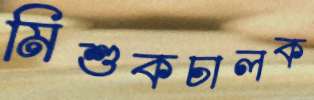
মিশুকচালক